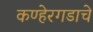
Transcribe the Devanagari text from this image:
कण्हेरगडाचे